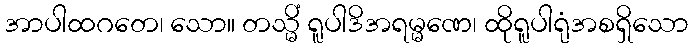
အာပါထဂတေ၊ သော။ တသ္မိံ ရူပါဒိအရမ္မဏေ၊ ထိုရူပါရုံအစရှိသော